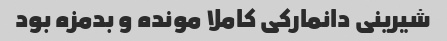
شیرینی دانمارکی کاملا مونده و بدمزه بود